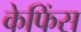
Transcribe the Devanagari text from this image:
केफिंस